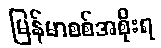
မြန်မာစစ်အစိုးရ